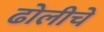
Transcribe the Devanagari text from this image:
ढोलीचे